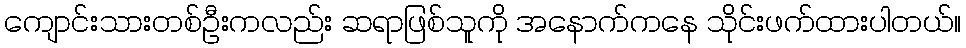
ကျောင်းသားတစ်ဦးကလည်း ဆရာဖြစ်သူကို အနောက်ကနေ သိုင်းဖက်ထားပါတယ်။